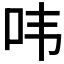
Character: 𮰔